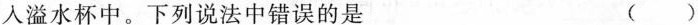
入溢水杯中。下列说法中错误的是 ( )